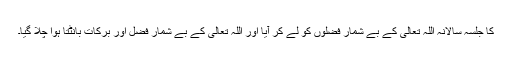
کا جلسہ سالانہ اللہ تعالیٰ کے بے شمار فضلوں کو لے کر آیا اور اللہ تعالیٰ کے بے شمار فضل اور برکات بانٹتا ہوا چلا گیا۔